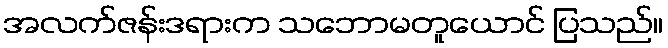
အလက်ဇန်းဒရားက သဘောမတူယောင် ပြသည်။